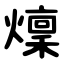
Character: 燣